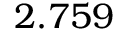
2 . 7 5 9